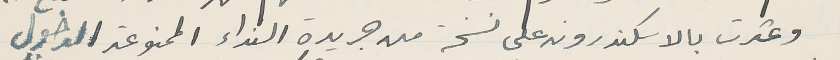
وعثرت بالاسكندرونه على نسخة من جريدة النداء الممنوعة الدخول